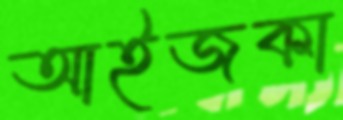
আইজকা